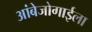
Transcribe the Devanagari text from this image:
आंबेजोगाईला